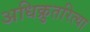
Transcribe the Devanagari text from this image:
अधिक्रुतरित्या